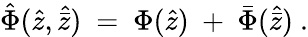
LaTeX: {\hat{\Phi}}({\hat{z}},{\hat{\bar{z}}})\ =\ \Phi({\hat{z}})\ +\ {\bar{\Phi}}({\hat{\bar{z}}})\ .